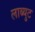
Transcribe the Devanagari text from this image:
लाब्युट